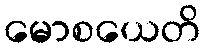
မောစယေတိ